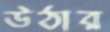
উঠার